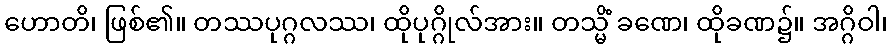
ဟောတိ၊ ဖြစ်၏။ တဿပုဂ္ဂလဿ၊ ထိုပုဂ္ဂိုလ်အား။ တသ္မိံ ခဏေ၊ ထိုခဏ၌။ အဂ္ဂိဝါ၊